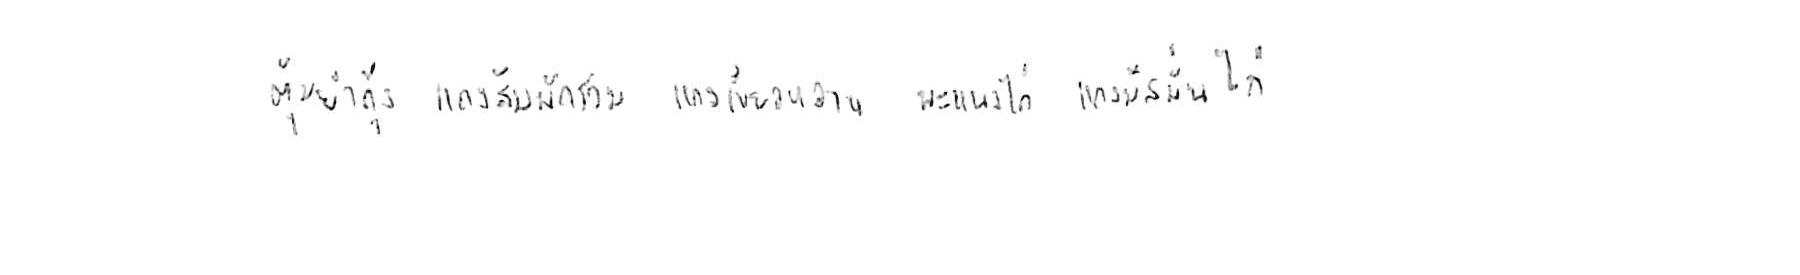
ต้มยำกุ้ง แกงส้มผักรวม แกงเขียวหวาน พะแนงไก่ แกงมัสมั่นไก่